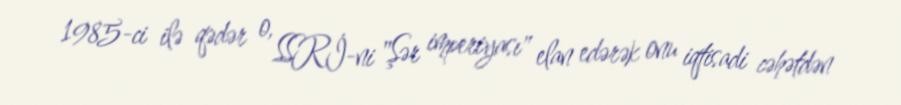
1985-ci ilə qədər o, SSRİ-ni "Şər imperiyası" elan edərək onu iqtisadi cəhətdən